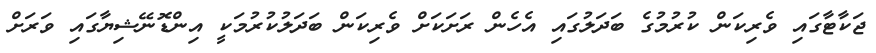
ޖަކާޓާގައި ވެރިކަން ކުރުމުގެ ބަދަލުގައި އެހެން ރަށަކަށް ވެރިކަން ބަދަލުކުރުމަކީ އިންޑޮނޭޝިޔާގައި ވަރަށް